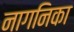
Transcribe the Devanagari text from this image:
नागनिका